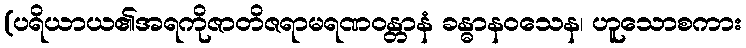
(ပရိယာယ၏အရကိုဇာတိဇရာမရဏဝန္တာနံ ခန္ဓာနဝသေန၊ ဟူသောစကား